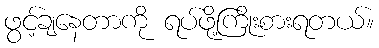
ဖွင့်ချနေတာကို ရပ်ဖို့ကြိုးစားရတယ်။